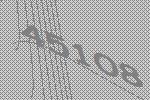
45108